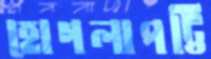
হোগলাপট্টি